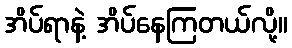
အိပ်ရာနဲ့ အိပ်နေကြတယ်လို့။